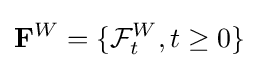
\mathbf {F} ^{W}=\{{\mathcal {F}}_{t}^{W},t\geq 0\}